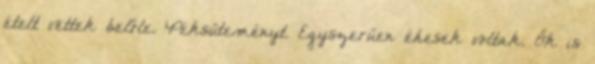
ételt vettek belőle. Péksüteményt. Egyszerűen éhesek voltak. Ők is